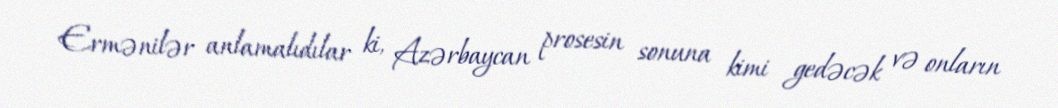
Ermənilər anlamalıdılar ki, Azərbaycan prosesin sonuna kimi gedəcək və onların